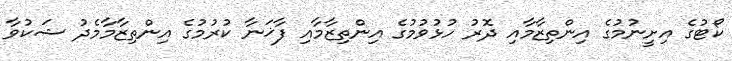
ކޯޓުގެ އިށީނުމުގެ އިންތިޒާމާއި ދޮރު ހުޅުވުމުގެ އިންތިޒާމާއި ފާޚަނާ ކުރުމުގެ އިންތިޒާމާމެދު ޝަކުވާ